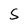
Character: S